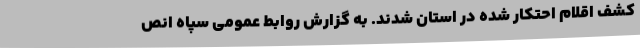
کشف اقلام احتکار شده در استان شدند. به گزارش روابط عمومی سپاه انص